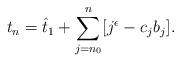
LaTeX: \begin{align*}t_n = \hat{t}_1 + \sum_{j=n_0}^{n} [j^{\epsilon} - c_jb_j].\end{align*}